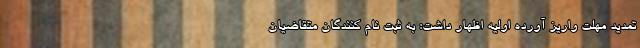
تمدید مهلت واریز آورده اولیه اظهار داشت: به ثبت نام کنندگان متقاضیان